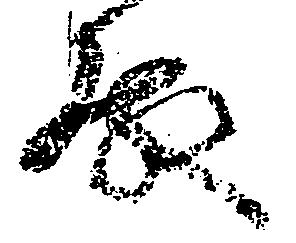
殿